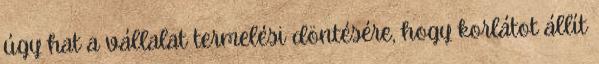
úgy hat a vállalat termelési döntésére, hogy korlátot állít